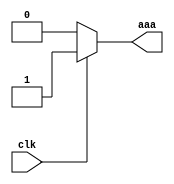
module test(
	input clk,
	output aaa
	);

	assign aaa = clk ? 1:0;

	always @(posedge clk) begin
		if (clk==0) begin
			
		end
	end
endmodule